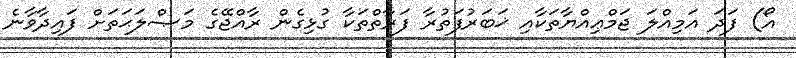
އޯ) ފަދަ އަމިއްލަ ޖަމްޢިއްޔާތަކާއި ޚަބަރުފަތުރާ ފަރާތްތަކާ ގުޅިގެން ރާއްޖޭގެ މަޞްލަޙަތަށް ފައިދާވާނެ